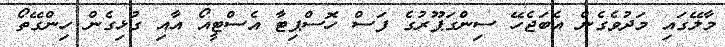
މާލޭގައި މަދުވެގެން އެބަޖެހޭ ސިންގަޕޫރުގެ ފަސް ހޮސްޕިޓާ އެސްޓީއޯ އާއި ގުޅިގެން ހިންގޭތޯ